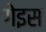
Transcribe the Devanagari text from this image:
गेइस